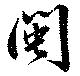
閩